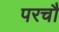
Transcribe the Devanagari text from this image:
परचौ